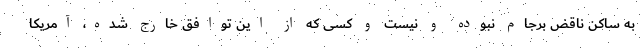
به ساکن ناقض برجام نبوده و نیست و کسی که از این توافق خارج شده، آمریکا